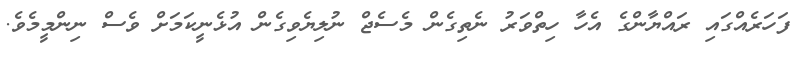
ފަހަރެއްގައި ރައްޔާންގެ އެހާ ހިތްވަރު ނެތިގެން މެސެޖް ނުލިޔެވިގެން އުޅެނީކަމަށް ވެސް ނިންމީމެވެ.